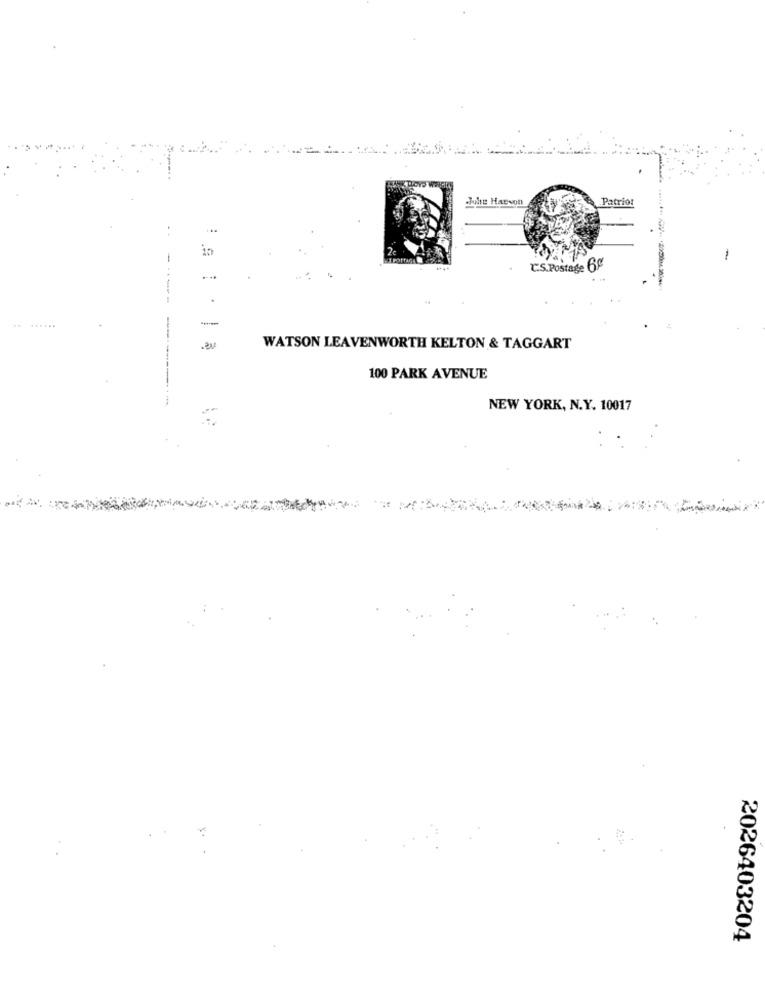
Johe Haevon
Patriot
..
10
-
C.S.Postage 6g
-----
-
WATSON LEAVENWORTH KELTON & TAGGART
100 PARK AVENUE
NEW YORK, N.Y. 10017
2026403204